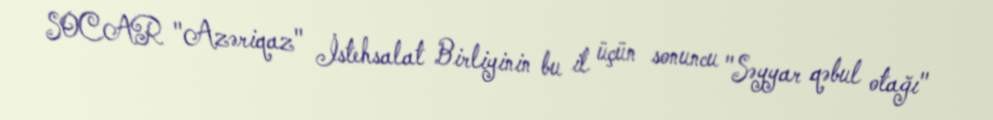
SOCAR "Azəriqaz" İstehsalat Birliyinin bu il üçün sonuncu "Səyyar qəbul otağı"